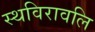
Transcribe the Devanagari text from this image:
स्थविरावलि